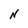
Character: N